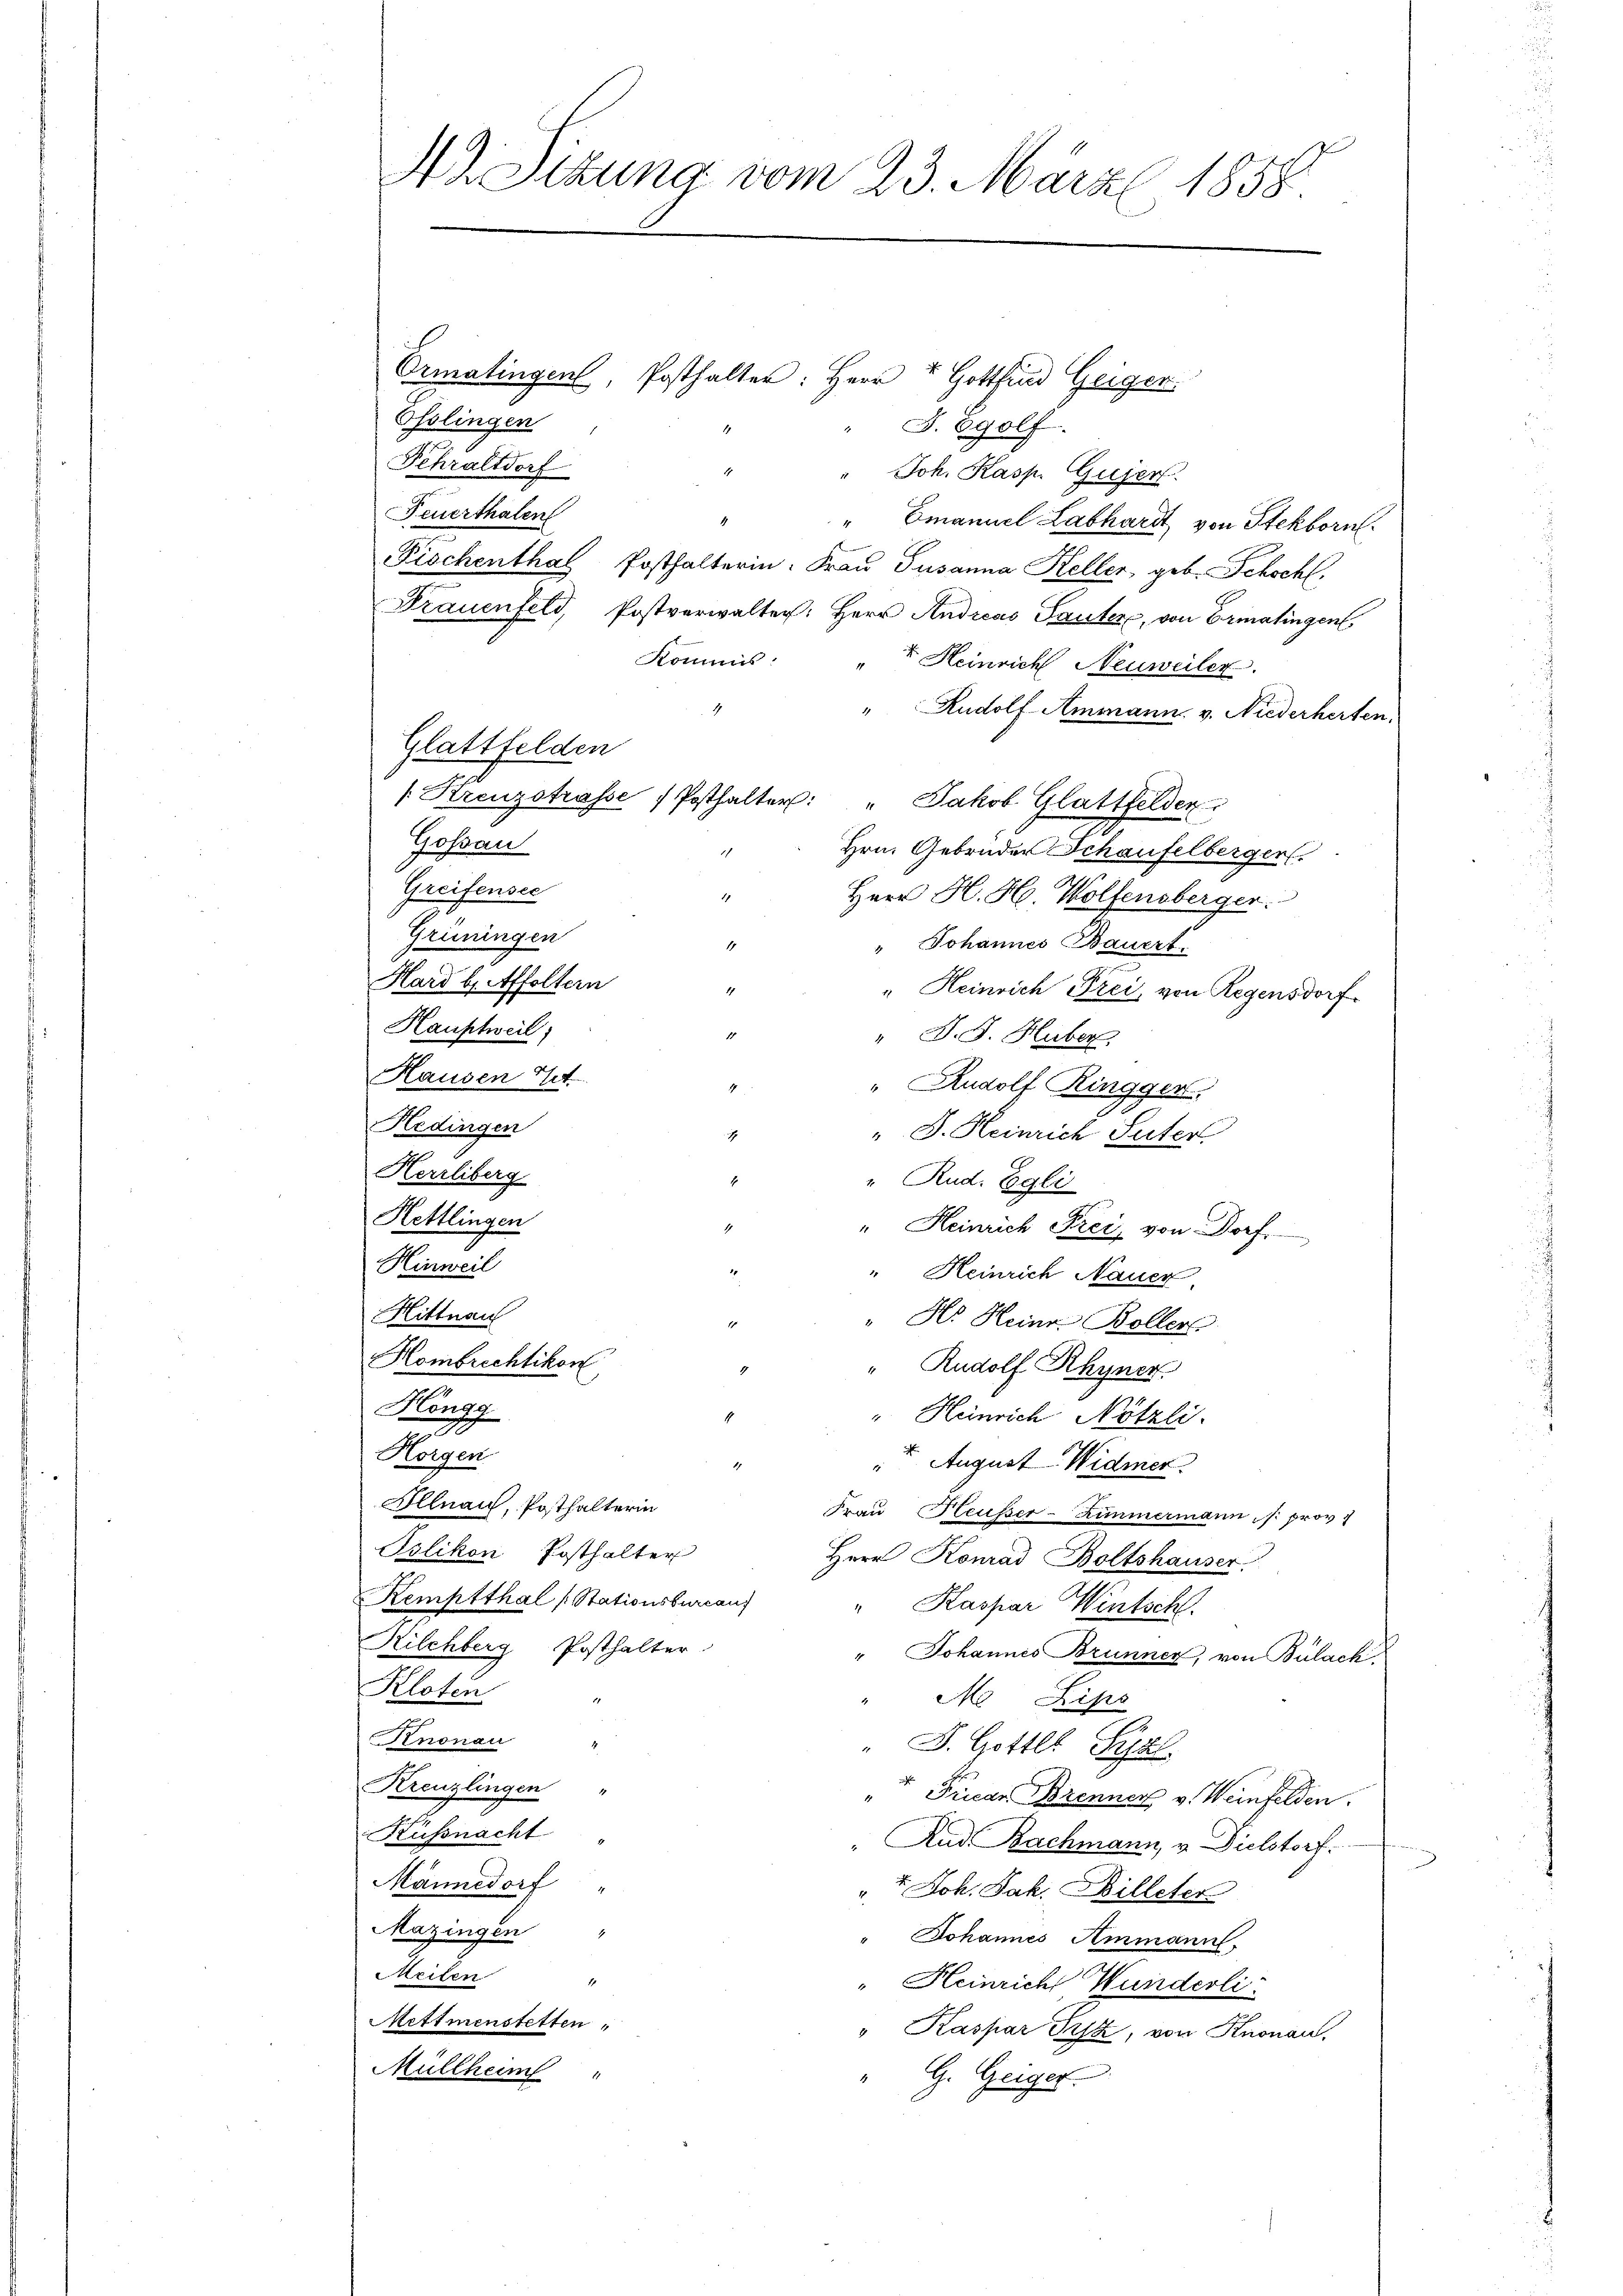
42. Sitzung vom 23. März l. 1858

Ermatingen, Posthalter: Herr u Gottfind Geiger
Osslingen
J. Egolf
Fehraltdorf
4
Joh. Kasp. Guser
Feuerthalen
" Emanuel Labhardt, von Stekborn.
Fischenthal, Posthalterin: Frau Susanna Keller, geb. Schochl.
Frauenfeld, Postverwalter: Herr Andreas Sauter, von Ermatingen
Kommis
 Heinrich Neuweiler.
4
Rudolf Ammann. v. Niederherten,
Glattfelden
[Kreuzstrasse Posthalter: " Jakob Glattfelden
Gossau
Hrn. Gebrüder Schaufelberger
Greifensee
Herr H. H. Wolfensberger.
Grüningen
1
" Johannes Bauert
" Heinrich Frei, von Regensdorf.
" J. J. Huber.
" Rudolf Ringger,
.
" J. Heinrich Suter
" Rud. Egli
" Heinrich Frei, von Dorf.
Hinweil
" Heinrich Nauer
Hittnau
" Hr. Heinr. Boller.
Hombrechtikon
" Rudolf Rhyner
Höngg
" Heinrich Nötzli.
Horgen
2 August Widmer.
Illnau, Posthalterin
Frau Heußer-Zimmermann, s. prov.
Pslikon Posthalter
Herr Konrad Boltshauser
Kemptthal (Stationsbureau
" Kaspar Wintsch.
Kilchberg Posthalter
" Johannes Brunner, von Bülach
Kloten
M Lips
Knonau
" J. Gotter Syz.
Kreuzlingen
Friede Brenner v. Weinfelden.
Küssnacht
And. Bachmann, v. Dielstorf.
Männedorf
" t. Joh. Jak. Billeter
Mazingen
" Johannes Ammann.
Meilen
" Heinrich Wunderli
Mettmenstetten,
" Kaspar Pifz, von Knonau,
Müllheim "
" G. Geiger

Hard b. Affoltern
Hauptweil
Hausen Tit.
Hedingen
Herrliberg
Hettlingen